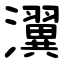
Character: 瀷